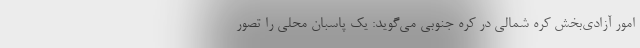
امور آزادی‌بخش کره شمالی در کره جنوبی می‌گوید: یک پاسبان محلی را تصور